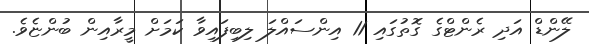
ލޭންޑް އަދި ރެންޓްގެ ގޮތުގައި 11 އިންސައްލަ ލިބިފައިވާ ކަމަށް މީރާއިން ބުންޏެވެ.